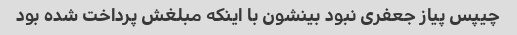
چیپس پیاز جعفری نبود بینشون با اینکه مبلغش پرداخت شده بود